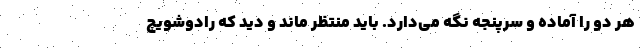
هر دو را آماده و سرپنجه نگه می‌دارد. باید منتظر ماند و دید که رادوشویچ